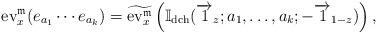
LaTeX: \begin{align*}{\rm ev}_{x}^{\mathfrak{m}}(e_{a_{1}}\cdots e_{a_{k}})=\widetilde{{\rm ev}_{x}^{\mathfrak{m}}}\left(\mathbb{I}_{{\rm dch}}(\overrightarrow{1}_{z};a_{1},\dots,a_{k};-\overrightarrow{1}_{1-z})\right),\end{align*}